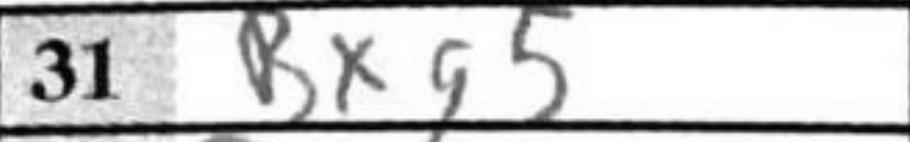
Transcription: Bxg5